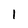
Character: 1